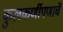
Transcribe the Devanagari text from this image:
कुलकर्णीपणाचें